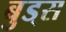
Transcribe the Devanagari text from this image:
बुड्‌स